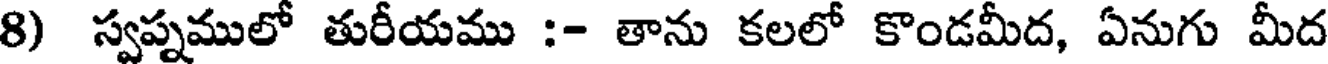
8) స్వప్నములో తురీయము :- తాను కలలో కొండమీద, ఏనుగు మీద